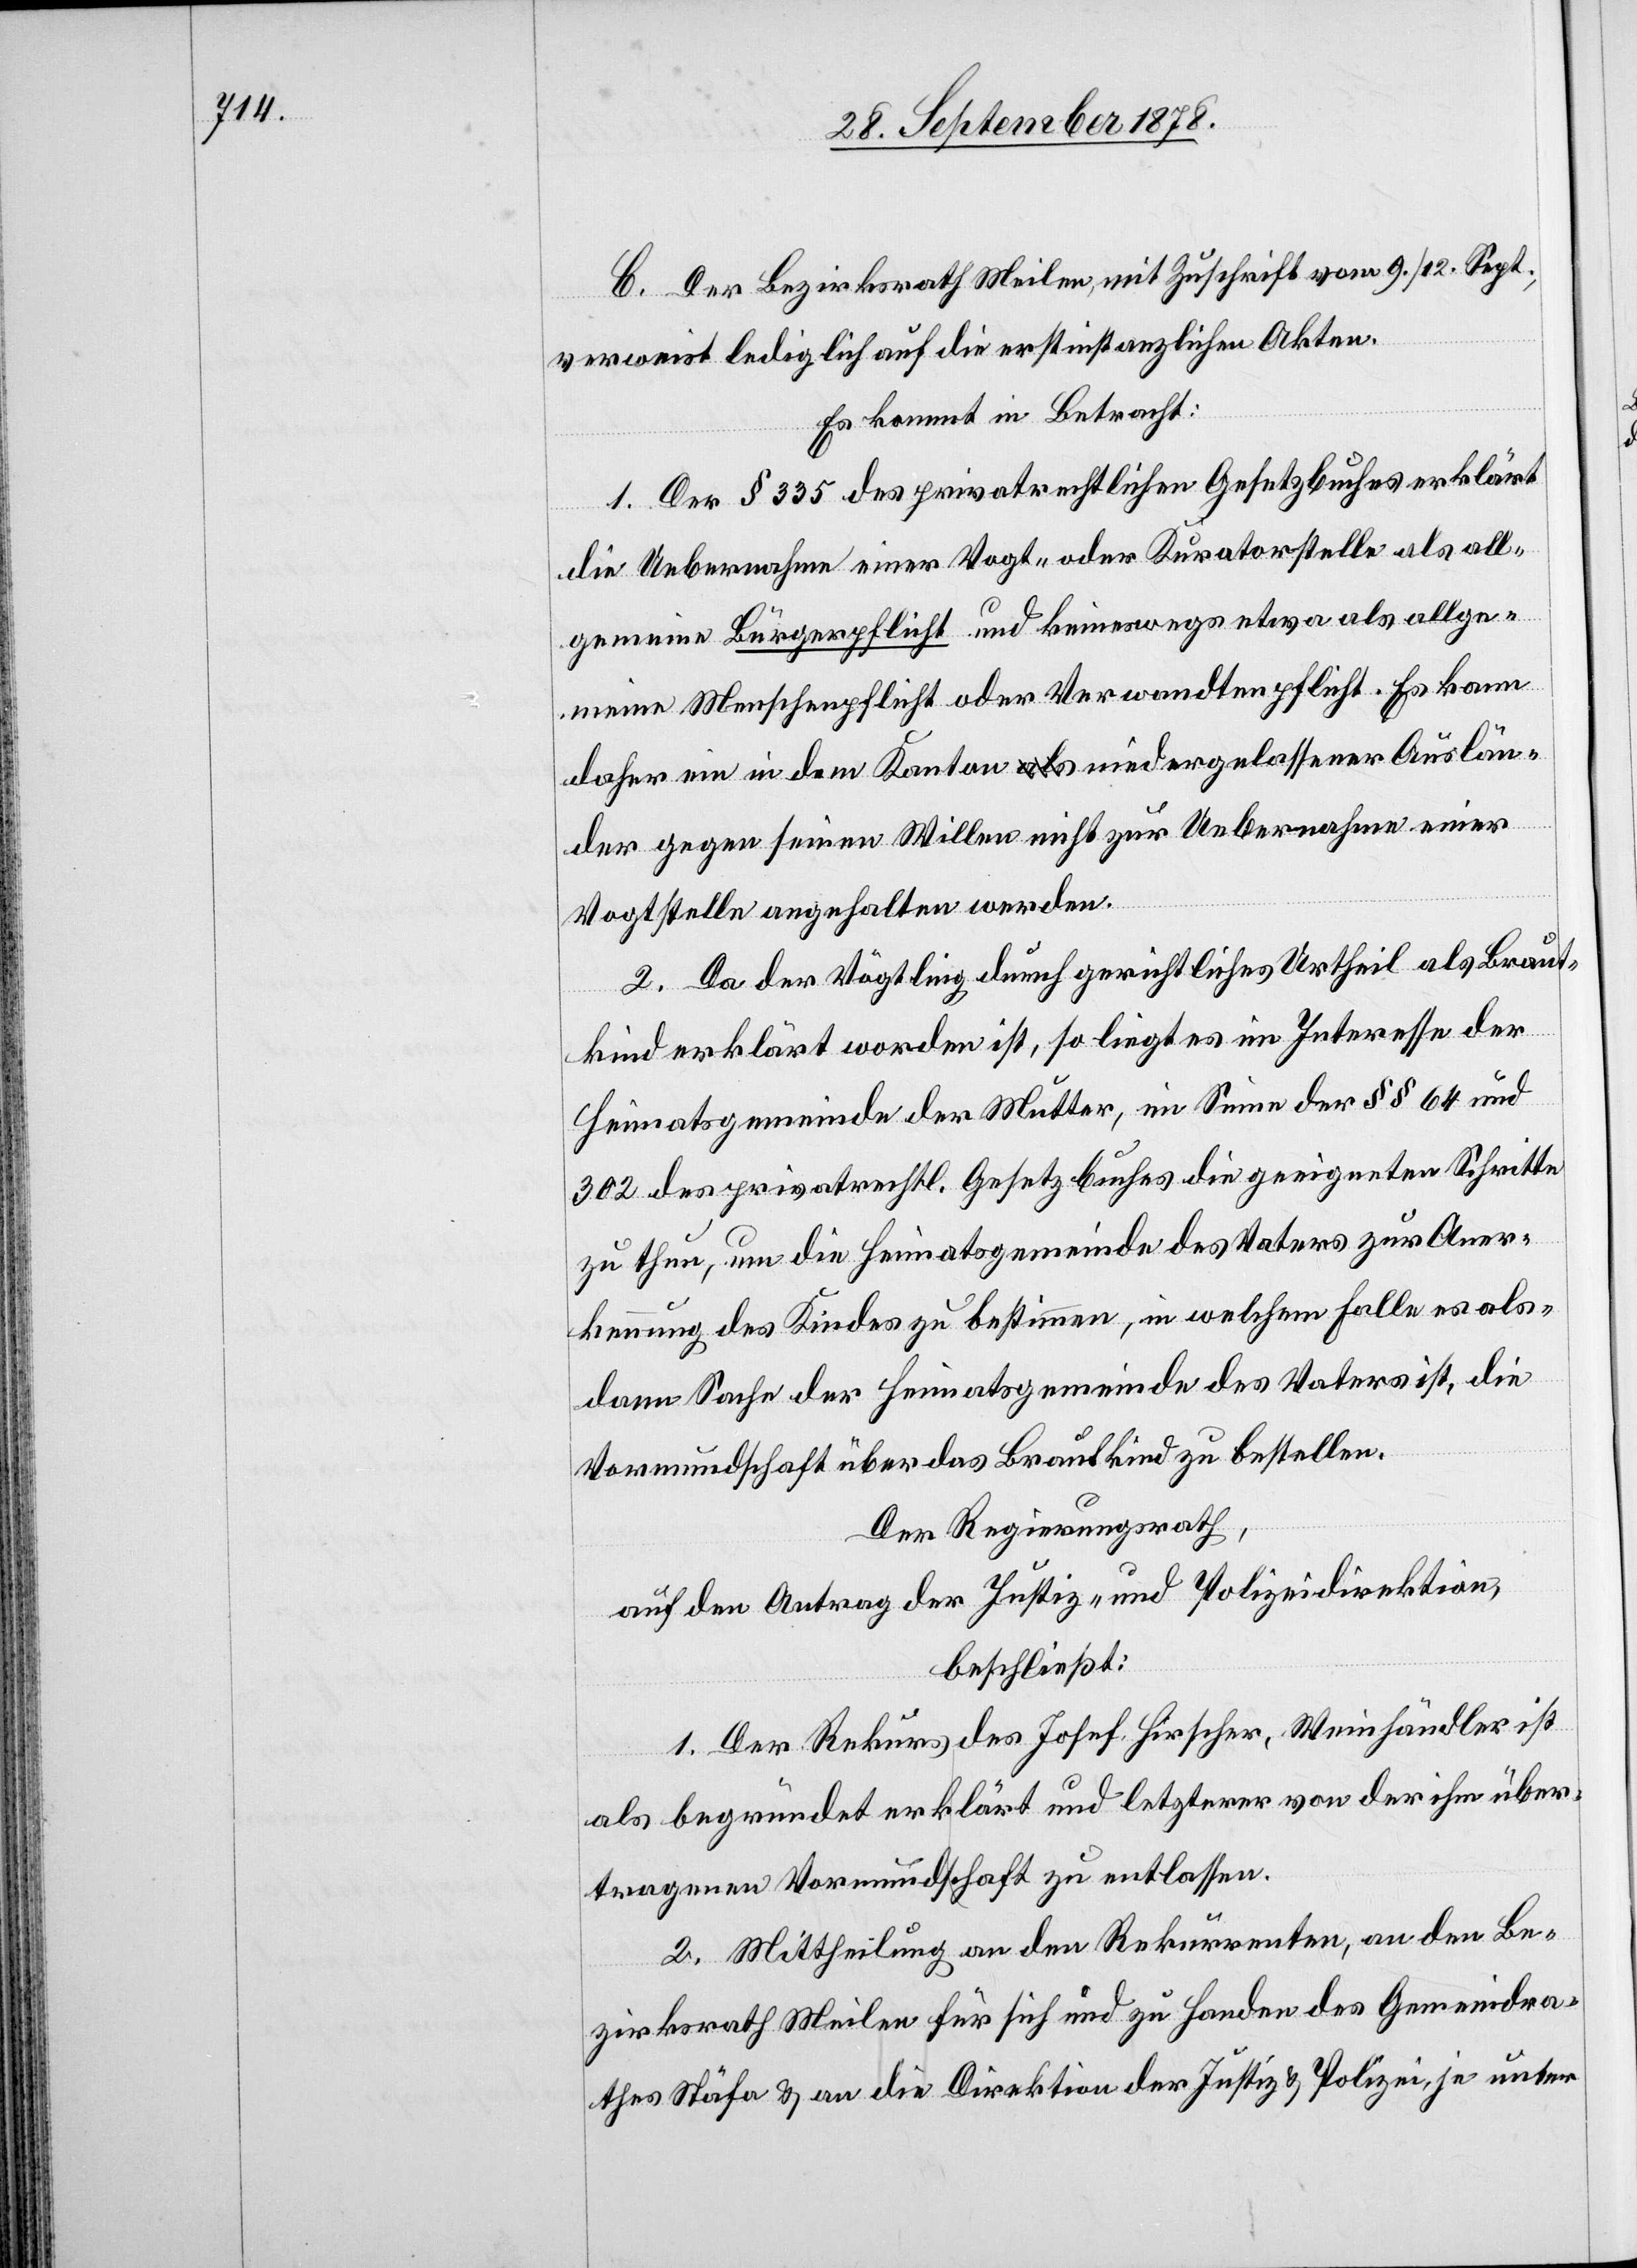
C. Der Bezirksrath Meilen, mit Zuschrift vom 9./12. Sept.,
verweist lediglich auf die erstinstanzlichen Akten.
Es kommt in Betracht:
1. Der § 335 des privatrechtlichen Gesetzbuches erklärt
die Uebernahme einer Vogt- oder Kuratorstelle als all¬
gemeine Bürgerpflicht und keineswegs etwa als allge¬
meine Menschenpflicht oder Verwandtenpflicht. Es kann
daher ein in dem Kanton niedergelassener Auslän¬
der gegen seinen Willen nicht zur Uebernahme einer
Vogtstelle angehalten werden.
2. Da der Vögtling durch gerichtliches Urtheils als Braut¬
kind erklärt worden ist, so liegt es im Interesse der
Heimatsgemeinde der Mutter, im Sinne der §§ 64 und
302 des privatrechtl. Gesetzbuches die geeigtneten Schritte
zu thun, um die Heimatsgemeinde des Vaters zur Aner¬
kennung des Kindes zu bestimmen, in welchem Falle es als¬
dann Sache der Heimatsgemeinde des Vaters ist, die
Vormundschaft über das Brautkind zu bestellen.
Der Regierungsrath,
auf den Antrag der Justiz- und Polizeidirektion,
beschließt:
1. Der Rekurs des Josef Hirscher, Weinhändler ist
als begründet erklärt und letzterer von der ihm über¬
tragenen Vormundschaft zu entlassen.
2. Mittheilung an den Rekurrenten, an den Be¬
zirksrath Meilen für sich und zu Handen des Gemeindra¬
thes Stäfa & an die Direktion der Justiz & Polizei, je unter